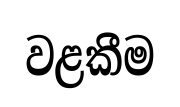
වළකීම